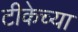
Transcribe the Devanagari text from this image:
टीकेच्या